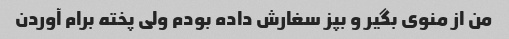
من از منوی بگیر و بپز سغارش داده بودم ولی پخته برام آوردن